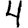
Digit: 4